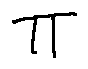
\pi